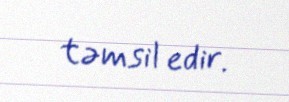
təmsil edir.